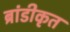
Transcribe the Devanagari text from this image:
ब्रांडीकृत